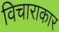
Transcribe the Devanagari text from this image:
विचाराकार